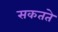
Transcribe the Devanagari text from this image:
सकतते